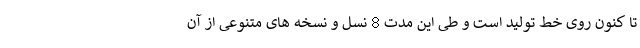
تا کنون روی خط تولید است و طی این مدت 8 نسل و نسخه های متنوعی از آن